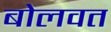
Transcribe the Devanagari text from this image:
बोलवत